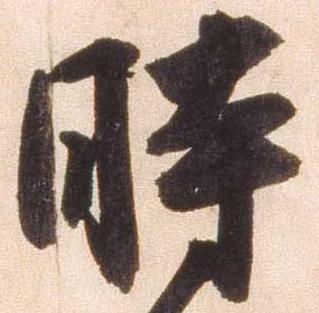
時